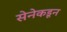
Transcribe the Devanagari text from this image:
सेनेकडून